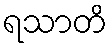
ရသာတိ